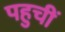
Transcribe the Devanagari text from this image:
पहुचीं